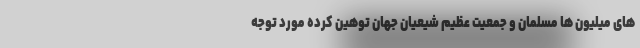
های میلیون ها مسلمان و جمعیت عظیم شیعیان جهان توهین کرده مورد توجه